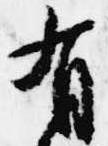
有